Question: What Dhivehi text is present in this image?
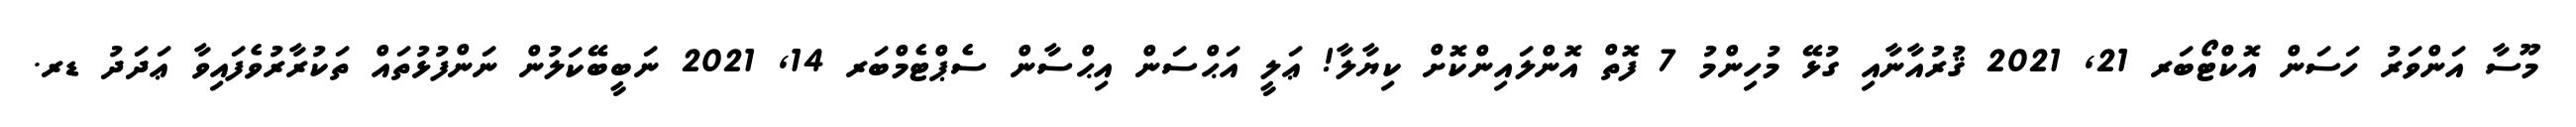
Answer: މޫސާ އަންވަރު ހަސަން އޮކްޓޯބަރ 21, 2021 ޤުރުއާނާއި ގުޅޭ މުހިންމު 7 ފޮތް އޮންލައިންކޮށް ކިޔާލާ! ޢަލީ އަޙްސަން އިޙްސާން ސެޕްޓެމްބަރ 14, 2021 ނަބީބޭކަލުން ނަންފުޅުތައް ތަކުރާރުވެފައިވާ ޢަދަދު ޑރ.